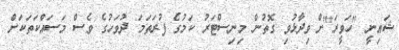
ޝައިނީ "ހަވީރަ"ށް ވިދާޅުވި ގޮތުން މިނިސްޓަރު ކަމުގެ ފުރަތަމަ ދުވަހުގެ ވެސް މަސައްކަތަކަށް